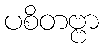
ပစိတဗ္ဗာ